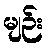
မျဉ်း